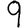
Digit: 9